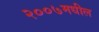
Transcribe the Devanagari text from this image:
२००७मधील